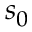
s _ { 0 }